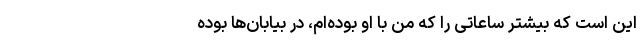
این است که بیشتر ساعاتی را که من با او بوده‌ام، در بیابان‌ها بوده